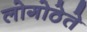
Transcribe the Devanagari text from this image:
लोगोठेते